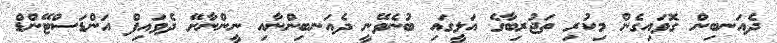
ދެއަނބިން ގޮވައިގެން މިކުރި ތަޖުރިބާގެ އަލީގައި ބުނެވޭނީ ދެއަނބިންނާއި ނީންނާށޭ ދެވައިފް އަންޑަސްޓޭންޑް